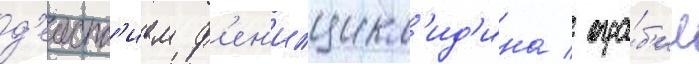
д'еиств'ием ф'ен'илцикл'ид'ина / огра́б'ил